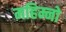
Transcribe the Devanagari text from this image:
महिम्नो